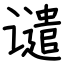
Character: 谴